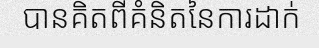
បានគិតពីគំនិតនៃការដាក់